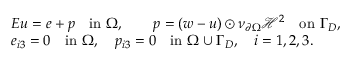
\begin{array} { r l } & { E u = e + p \quad \mathrm { i n ~ } \Omega , \qquad p = ( w - u ) \odot \nu _ { \partial \Omega } \mathcal { H } ^ { 2 } \quad \mathrm { o n ~ } \Gamma _ { D } , } \\ & { e _ { i 3 } = 0 \quad \mathrm { i n ~ } \Omega , \quad p _ { i 3 } = 0 \quad \mathrm { i n ~ } \Omega \cup \Gamma _ { D } , \quad i = 1 , 2 , 3 . } \end{array}